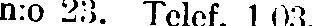
n:o 23. Telef. 1 03.